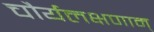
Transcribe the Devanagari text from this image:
चौर्यलक्षणाम्